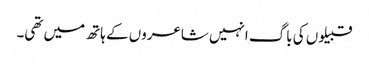
قبیلوں کی باگ انہیں شاعروں کے ہاتھ میں تھی۔